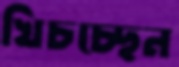
খিচচ্ছেন